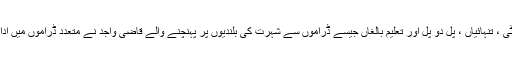
خدا کی بستی ، حوا کی بیٹی ، تنہائیاں ، پل دو پل اور تعلیم بالغاں جیسے ڈراموں سے شہرت کی بلندیوں پر پہنچنے والے قاضی واجد نے متعدد ڈراموں میں اداکاری کے جوہر دکھائے۔